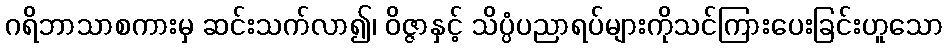
ဂရိဘာသာစကားမှ ဆင်းသက်လာ၍၊ ဝိဇ္ဇာနှင့် သိပ္ပံပညာရပ်များကိုသင်ကြားပေးခြင်းဟူသော